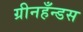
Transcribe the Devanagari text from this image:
ग्रीनहँन्डस